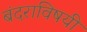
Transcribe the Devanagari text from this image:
बंदराविषयी